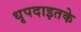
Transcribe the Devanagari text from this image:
धृपदाइतके